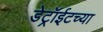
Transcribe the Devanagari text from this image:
डेट्रॉईटच्या